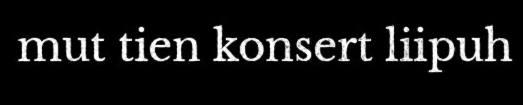
mut tien konsert liipuh